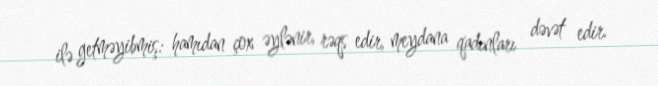
ilə getməyibmiş: hamıdan çox əylənir, rəqs edir, meydana qadınları dəvət edir.